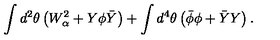
\int d ^ { 2 } \theta \left( W _ { \alpha } ^ { 2 } + Y \phi \bar { Y } \right) + \int d ^ { 4 } \theta \left( \bar { \phi } \phi + \bar { Y } Y \right) .